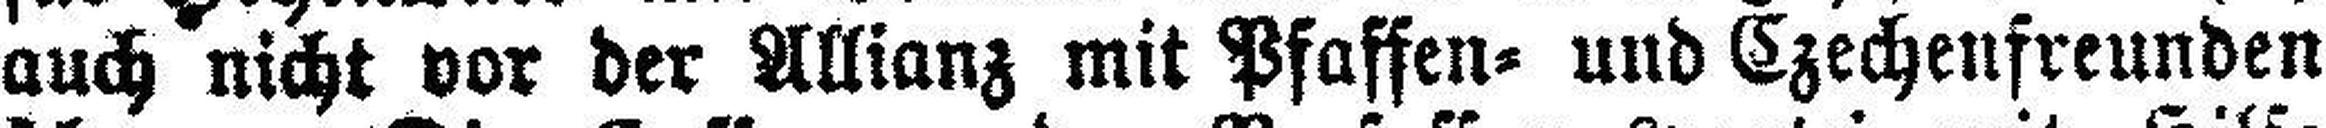
auch nicht vor der Allianz mit Pfaffen- und Czechenfreunden